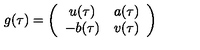
g ( \tau ) = \left( \begin{array} { c c } { u ( \tau ) } & { a ( \tau ) } \\ { - b ( \tau ) } & { v ( \tau ) } \\ \end{array} \right)